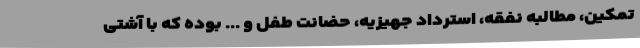
تمکین، مطالبه نفقه، استرداد جهیزیه، حضانت طفل و ... بوده که با آشتی